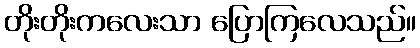
တိုးတိုးကလေးသာ ပြောကြလေသည်။